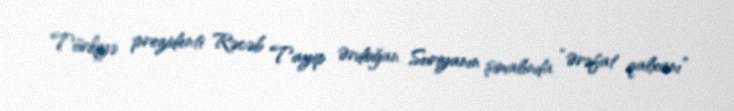
Türkiyə prezidenti Rəcəb Tayip Ərdoğan Suriyanın şimalında “Ərəfat qalxanı”